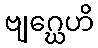
ဗျဂ္ဃေဟိ